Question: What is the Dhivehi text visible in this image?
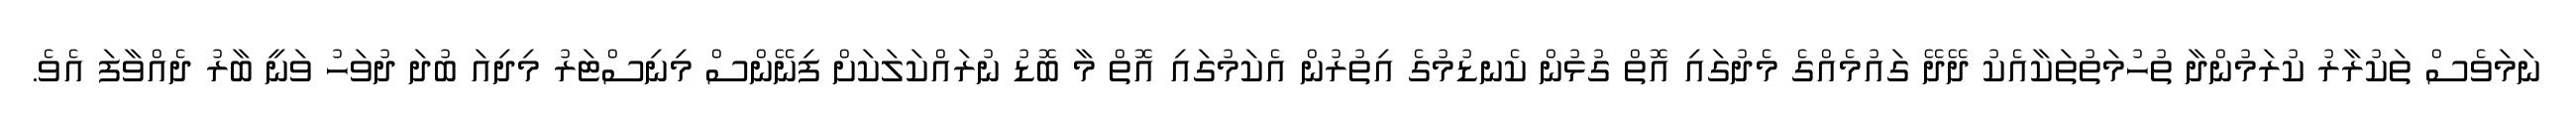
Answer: ނަމަވެސް ތަކުރާރު ކުރަމުންދާ ތުހުމަތުތަކާއެކު ދޭދޭ ގައުމެއްގެ މެދުގައި އޮތް ގުޅުން ކެނޑުމުގެ އިތުރުން އެކަމުގައި އޮތް މާ ބޮޑު ނުރައްކަލަކަށް ފިނޭންސް މިނިސްޓަރު މިދިއަ ބުދަ ދުވަހު ވަނީ ބާރު ދެއްވާފަ އެވެ.